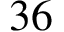
3 6